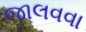
જાલવવા